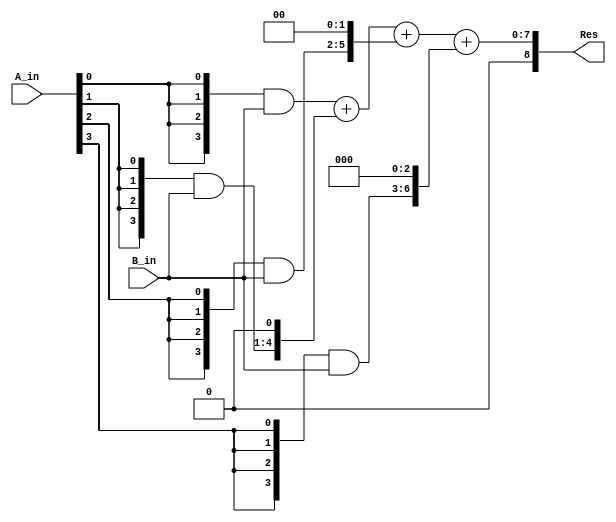
module multi_samp(
  input [3:0]A_in,
  input [3:0]B_in,
  output [8:0]Res);// Res has MSB as its overflow
  
  wire [3:0]partial_sum1;
  wire [4:0]partial_sum2;
  wire [5:0]partial_sum3;
  wire [6:0]partial_sum4;
  
  wire [8:0]s1,s2,s3 ;
  
  assign partial_sum1 = {4{A_in[0]}} & B_in[3:0];
  assign partial_sum2 = {4{A_in[1]}} & B_in[3:0];
  assign partial_sum3 = {4{A_in[2]}} & B_in[3:0];
  assign partial_sum4 = {4{A_in[3]}} & B_in[3:0];
  
  wire c1,c2,c3;
  assign s1 = partial_sum1 + (partial_sum2<<1);
  assign s2 = s1 + (partial_sum3<<2);
  assign s3 = s2 + (partial_sum4<<3);
  assign Res = s3;
  
  
  
endmodule